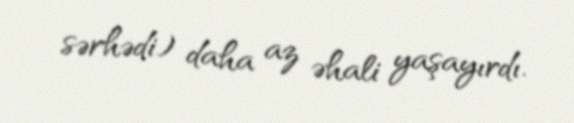
sərhədi) daha az əhali yaşayırdı.